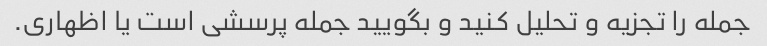
جمله را تجزیه و تحلیل کنید و بگویید جمله پرسشی است یا اظهاری.